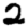
Digit: 2